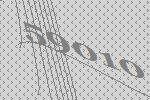
59010